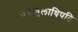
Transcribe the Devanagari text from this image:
उपकुलाधिपति